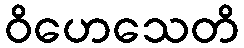
ဝိဟေသေတိ